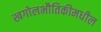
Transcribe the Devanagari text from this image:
खगोलभौतिकीमधील